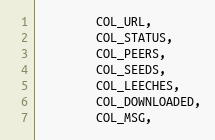
Language: C
        COL_URL,
        COL_STATUS,
        COL_PEERS,
        COL_SEEDS,
        COL_LEECHES,
        COL_DOWNLOADED,
        COL_MSG,